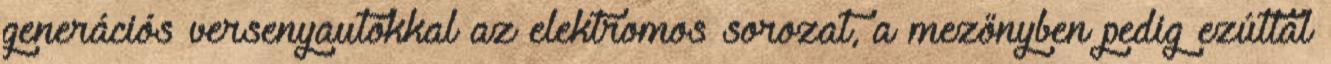
generációs versenyautókkal az elektromos sorozat, a mezőnyben pedig ezúttal